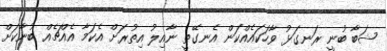
ޝަބާ ބުނީ ރަނގަޅު ވާހަކައެއްކަން އެނގޭތީ ނާއިލު އިތުރަށް އެކަމާ އެއްޗެއް ބުނާކަށް